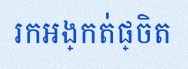
រកអង្កត់ផ្ចិត